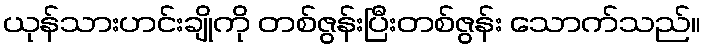
ယုန်သားဟင်းချိုကို တစ်ဇွန်းပြီးတစ်ဇွန်း သောက်သည်။